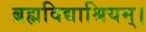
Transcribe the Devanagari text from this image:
ब्रह्मविद्याश्रियम्।